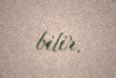
bilir.